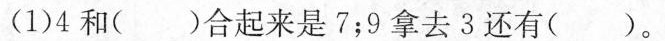
(1)4和( )合起来是7；9拿去3还有( )。